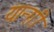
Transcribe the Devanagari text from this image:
यान्ग़ी